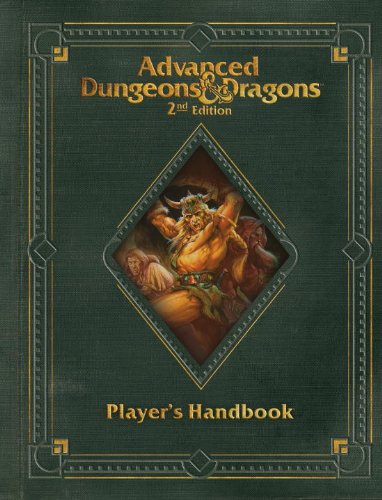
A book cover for Premium 2nd Edition Advanced Dungeons & Dragons Player's Handbook (D&D Core Rulebook); Wizards RPG Team; Science Fiction & Fantasy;